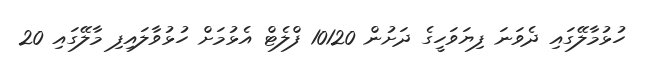
ހުޅުމާލޭގައި ދެވަނަ ފިޔަވަހީގެ ދަށުން 10120 ފްލެޓް އެޅުމަށް ހުޅުވާލައިފި މާލޭގައި 20